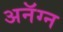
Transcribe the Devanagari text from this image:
अनॅग्न